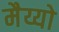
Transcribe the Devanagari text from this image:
मैय्यो